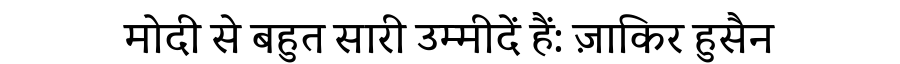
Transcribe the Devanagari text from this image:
मोदी से बहुत सारी उम्मीदें हैं: ज़ाकिर हुसैन